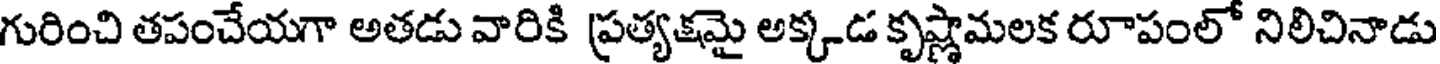
గురించి తపంచేయగా అతడు వారికి ప్రత్యక్షమై అక్కడ కృష్ణామలక రూపంలో నిలిచినాడు